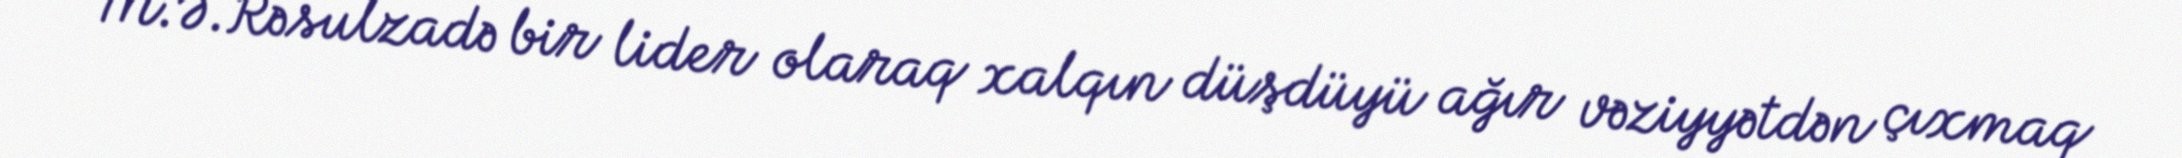
M.Ə.Rəsulzadə bir lider olaraq xalqın düşdüyü ağır vəziyyətdən çıxmaq